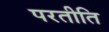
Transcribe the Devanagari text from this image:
परतीति